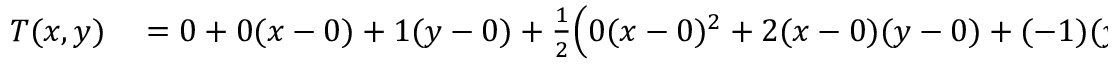
\begin{array} { r l } { T ( x , y ) } & { { } = 0 + 0 ( x - 0 ) + 1 ( y - 0 ) + { \frac { 1 } { 2 } } { \Big ( } 0 ( x - 0 ) ^ { 2 } + 2 ( x - 0 ) ( y - 0 ) + ( - 1 ) ( y - 0 ) ^ { 2 } { \Big ) } + \cdots } \end{array}